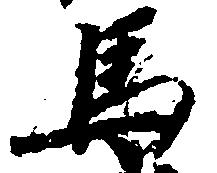
馬